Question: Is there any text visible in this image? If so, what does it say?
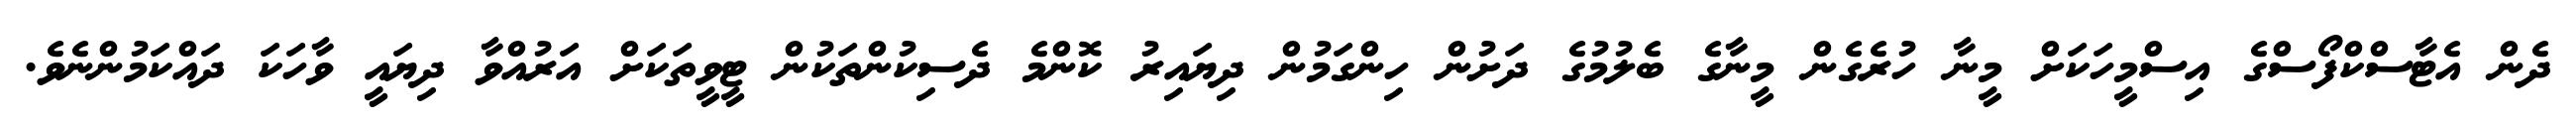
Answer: ދެން އެޓާސްކްފޯސްގެ އިސްމީހަކަށް މީނާ ހުރެގެން މީނާގެ ބެލުމުގެ ދަށުން ހިންގަމުން ދިޔައިރު ކޮންމެ ދެސިކުންތަކުން ޓީވީތަކަށް އަރުއްވާ ދިޔައީ ވާހަކަ ދައްކަމުންނެވެ.